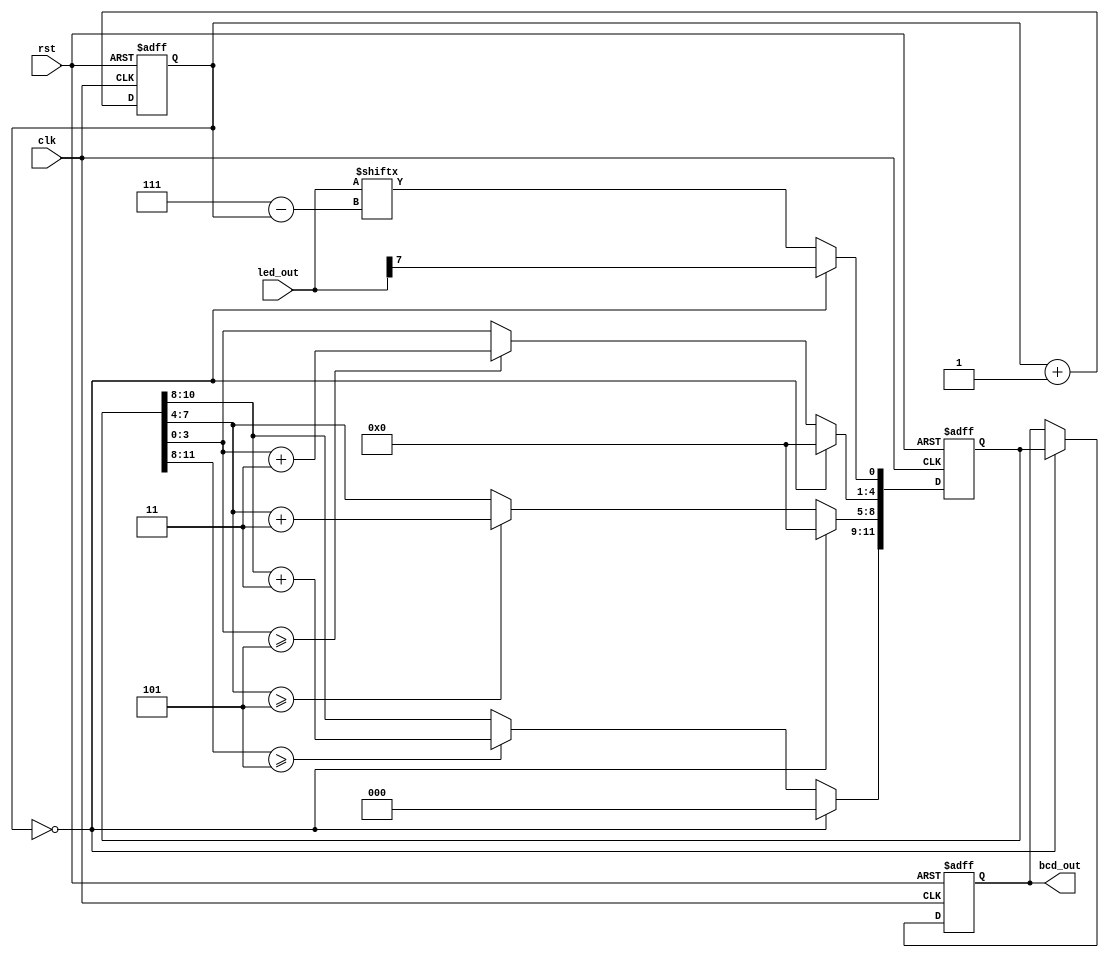
`timescale 1ns / 1ps

module bin2bcd(clk, rst, led_out, bcd_out);

input clk, rst;
input [7:0] led_out;
reg [11:0] bcd;
output reg [11:0] bcd_out;

reg [2:0] i;

always @(posedge clk or negedge rst) begin
    if(!rst) begin
        bcd <= {4'd0, 4'd0, 4'd0};
        i <= 0;
     end
     else begin
        if(i==0) begin
            bcd[11:1] <= 11'b0000_0000_000;
            bcd[0] <= led_out[7];
            end
            else begin
            bcd[11:9] <= (bcd[11:8] >= 3'd5) ? bcd[11:8] + 2'd3 : bcd[11:8];
            bcd[8:5] <= (bcd[7:4] >= 3'd5) ? bcd[7:4] + 2'd3 : bcd[7:4];
            bcd[4:1] <= (bcd[3:0] >= 3'd5) ? bcd[3:0] + 2'd3 : bcd[3:0];
            bcd[0] <= led_out[7-i];
         end
         i <= i+1;
         end
      end
      
      always @(negedge rst or posedge clk) begin
        if(!rst) bcd_out <= {4'd0, 4'd0, 4'd0};
        else if(i==0) bcd_out <= bcd;
        end
        
     endmodule